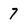
Character: 7